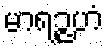
မာရဉ္ဇဟံ